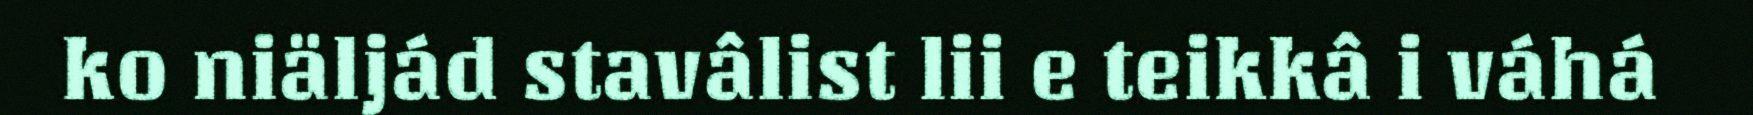
ko niäljád stavâlist lii e teikkâ i váhá